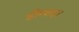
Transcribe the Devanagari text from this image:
हीरशहा